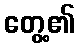
တွေ့၏